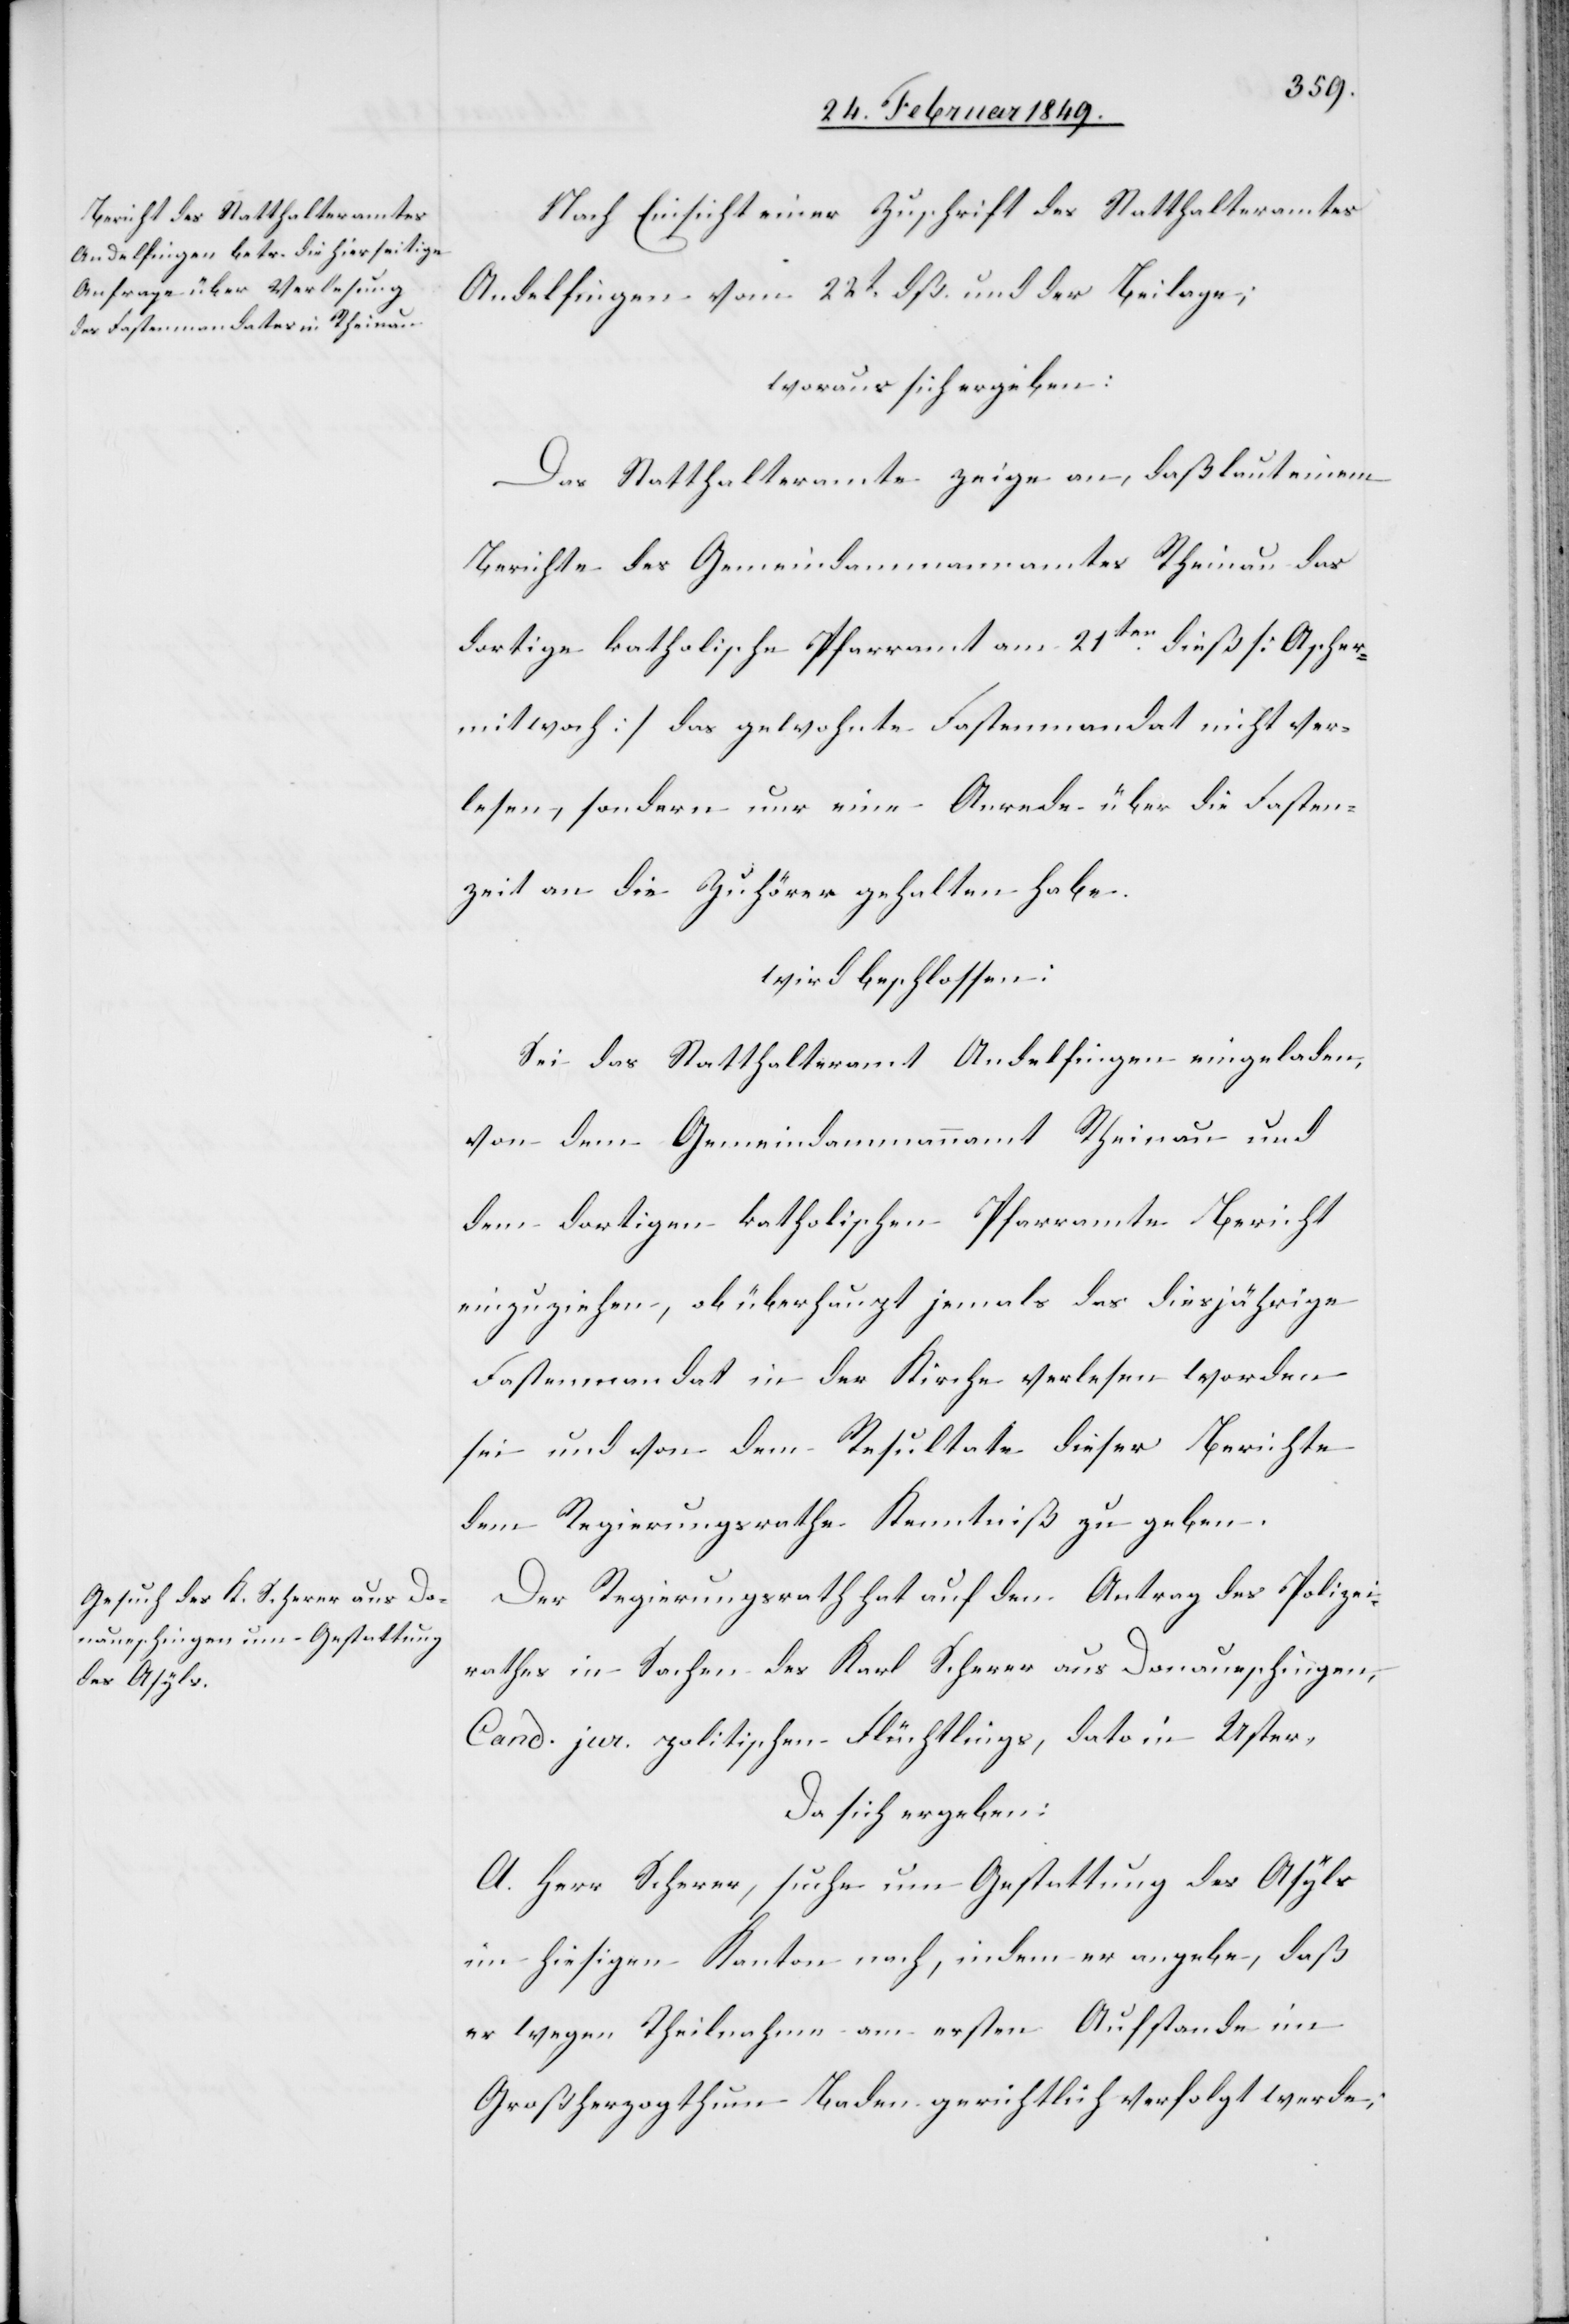
Nach Einsicht einer Zuschrift des Statthalteramtes
Andelfingen vom 22t. dß. und der Beilage;
woraus sich ergeben:
Das Statthalteramte zeige an,daß laut einem
Berichte des Gemeindammannamtes Rheinau das
dortige katholische Pfarramt am 21ten. dieß [Ascher¬
mitwoch] [sic!] das gewohnte Fastenmandat nicht ver¬
lesen, sondern nur eine Anrede über die Fasten¬
zeit an die Zuhörer gehalten habe.
wird beschlossen:
Sei das Statthalteramt Andelfingen eingeladen,
von dem Gemeindammannamt Rheinau und
dem dortigen katholischen Pfarramte Bericht
einzuziehen, ob überhaupt jemals das diesjährige
Fastenmandat in der Kirche verlesen worden
sei und von dem Resultate dieser Berichte
dem Regierungsrathe Kenntniß zu geben.
Der Regierungsrath hat auf den Antrag des Polizei¬
rathes in Sachen des Karl Scherer aus Donaueschingen,
Cand. jur. politischen Flüchtlings, dato in Uster,
Da sich ergeben:
A. Herr Scherer, suche um Gestattung des Asyls
im hiesigen Kanton nach, indem er angebe, daß
er wegen Theilnahme am ersten Aufstande im
Großherzogthum Baden gerichtlich verfolgt werde;